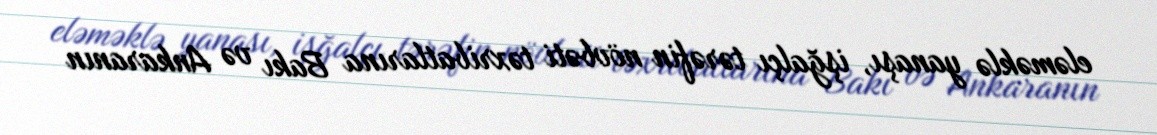
eləməklə yanaşı, işğalçı tərəfin növbəti təxribatlarına Bakı və Ankaranın